画像に写った文字を読んでください
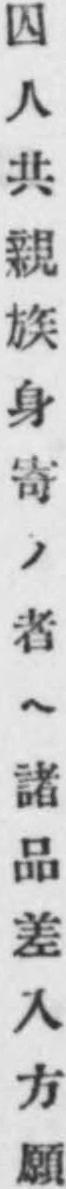
「囚人共親族身寄ノ者ヘ諸品差入方願」と書いてあります